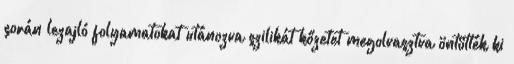
során lezajló folyamatokat utánozva szilikát kőzetet megolvasztva öntötték ki